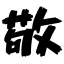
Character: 敬